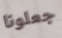
جعلونا